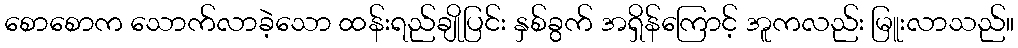
စောစောက သောက်လာခဲ့သော ထန်းရည်ချိုပြင်း နှစ်ခွက် အရှိန်ကြောင့် အူကလည်း မြူးလာသည်။